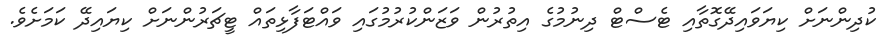
ކުދިންނަށް ކިޔަވައިދޭގޮތާއި ޓެސްޓް ދިނުމުގެ އިތުރުން ވަޒަންކުރުމުގައި ވައްޓަފާޅިތައް ޓީޗަރުންނަށް ކިޔައިދޭ ކަމަށެވެ.